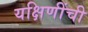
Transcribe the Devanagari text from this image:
यक्षिणींची